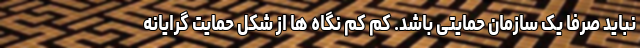
نباید صرفا یک سازمان حمایتی باشد. کم کم نگاه ها از شکل حمایت گرایانه